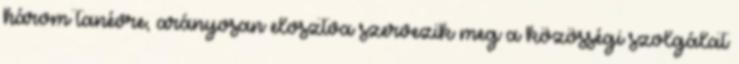
három tanévre, arányosan elosztva szervezik meg a közösségi szolgálat